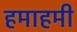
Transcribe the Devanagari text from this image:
हमाहमी